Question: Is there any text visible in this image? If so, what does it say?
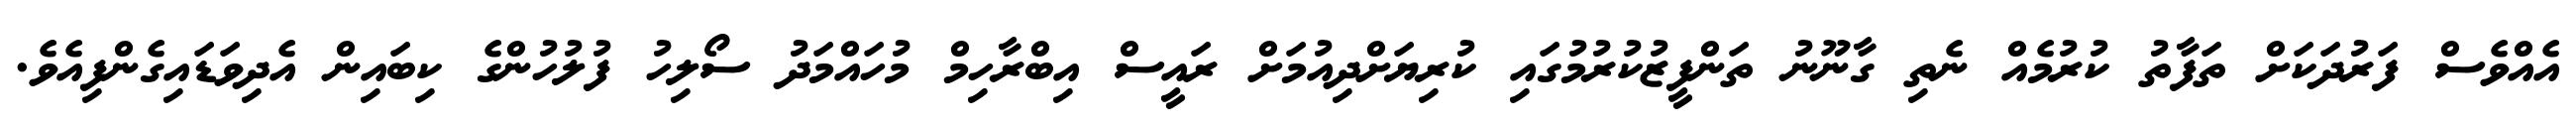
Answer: އެއްވެސް ފަރުދަކަށް ތަފާތު ކުރުމެއް ނެތި ގާނޫނު ތަންފީޒުކުރުމުގައި ކުރިޔަށްދިއުމަށް ރައީސް އިބްރާހިމް މުހައްމަދު ސޯލިހު ފުލުހުންގެ ކިބައިން އެދިވަޑައިގެންފިއެވެ.